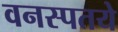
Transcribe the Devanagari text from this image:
वनस्पतये